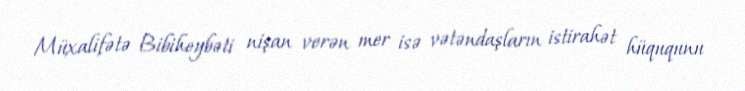
Müxalifətə Bibiheybəti nişan verən mer isə vətəndaşların istirahət hüququnu